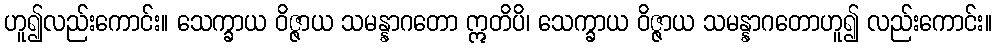
ဟူ၍လည်းကောင်း။ သေက္ခာယ ဝိဇ္ဇာယ သမန္နာဂတော ဣတိပိ၊ သေက္ခာယ ဝိဇ္ဇာယ သမန္နာဂတောဟူ၍ လည်းကောင်း။